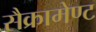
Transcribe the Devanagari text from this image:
सैक्रामेण्ट